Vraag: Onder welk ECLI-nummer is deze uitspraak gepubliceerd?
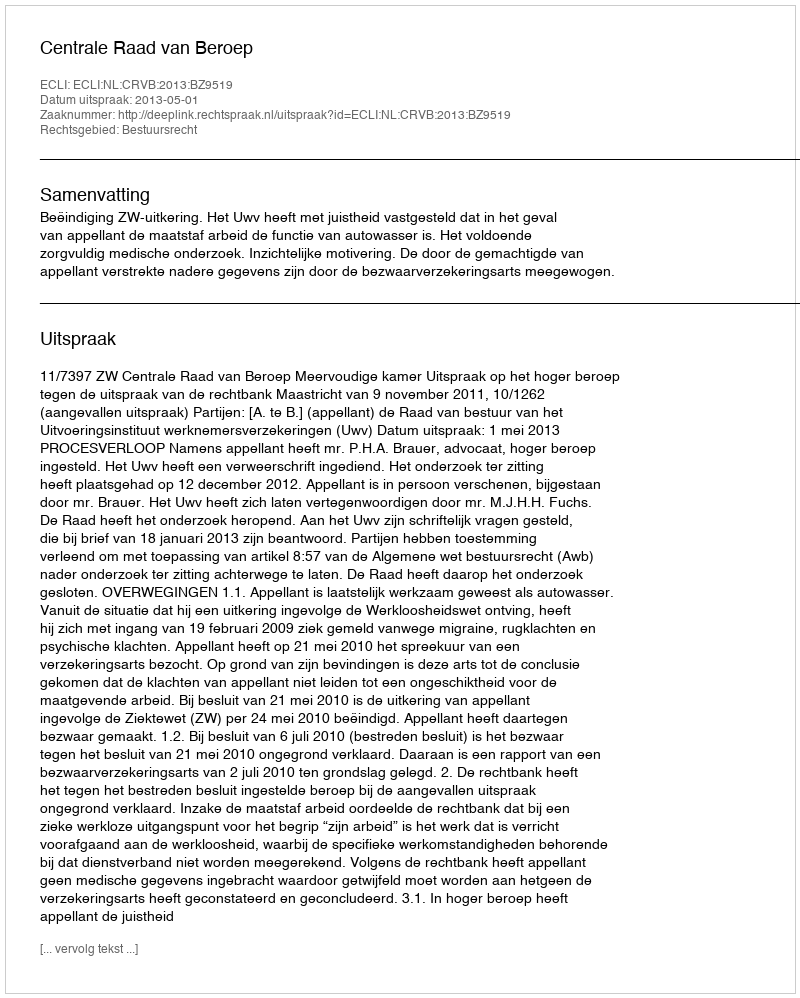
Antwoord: ECLI:NL:CRVB:2013:BZ9519